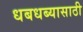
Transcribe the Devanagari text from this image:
धबधब्यासाठी